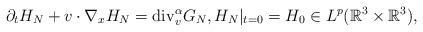
LaTeX: \begin{align*}\partial_t H_N+v\cdot \nabla_xH_N={\rm{div}}_v^\alpha G_N,H_N|_{t=0}=H_0\in L^p(\mathbb{R}^3\times\mathbb{R}^3),\end{align*}